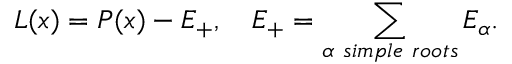
L ( x ) = P ( x ) - { \cal E } _ { + } , \quad { \cal E } _ { + } = \sum _ { \alpha \ s i m p l e \ r o o t s } E _ { \alpha } .